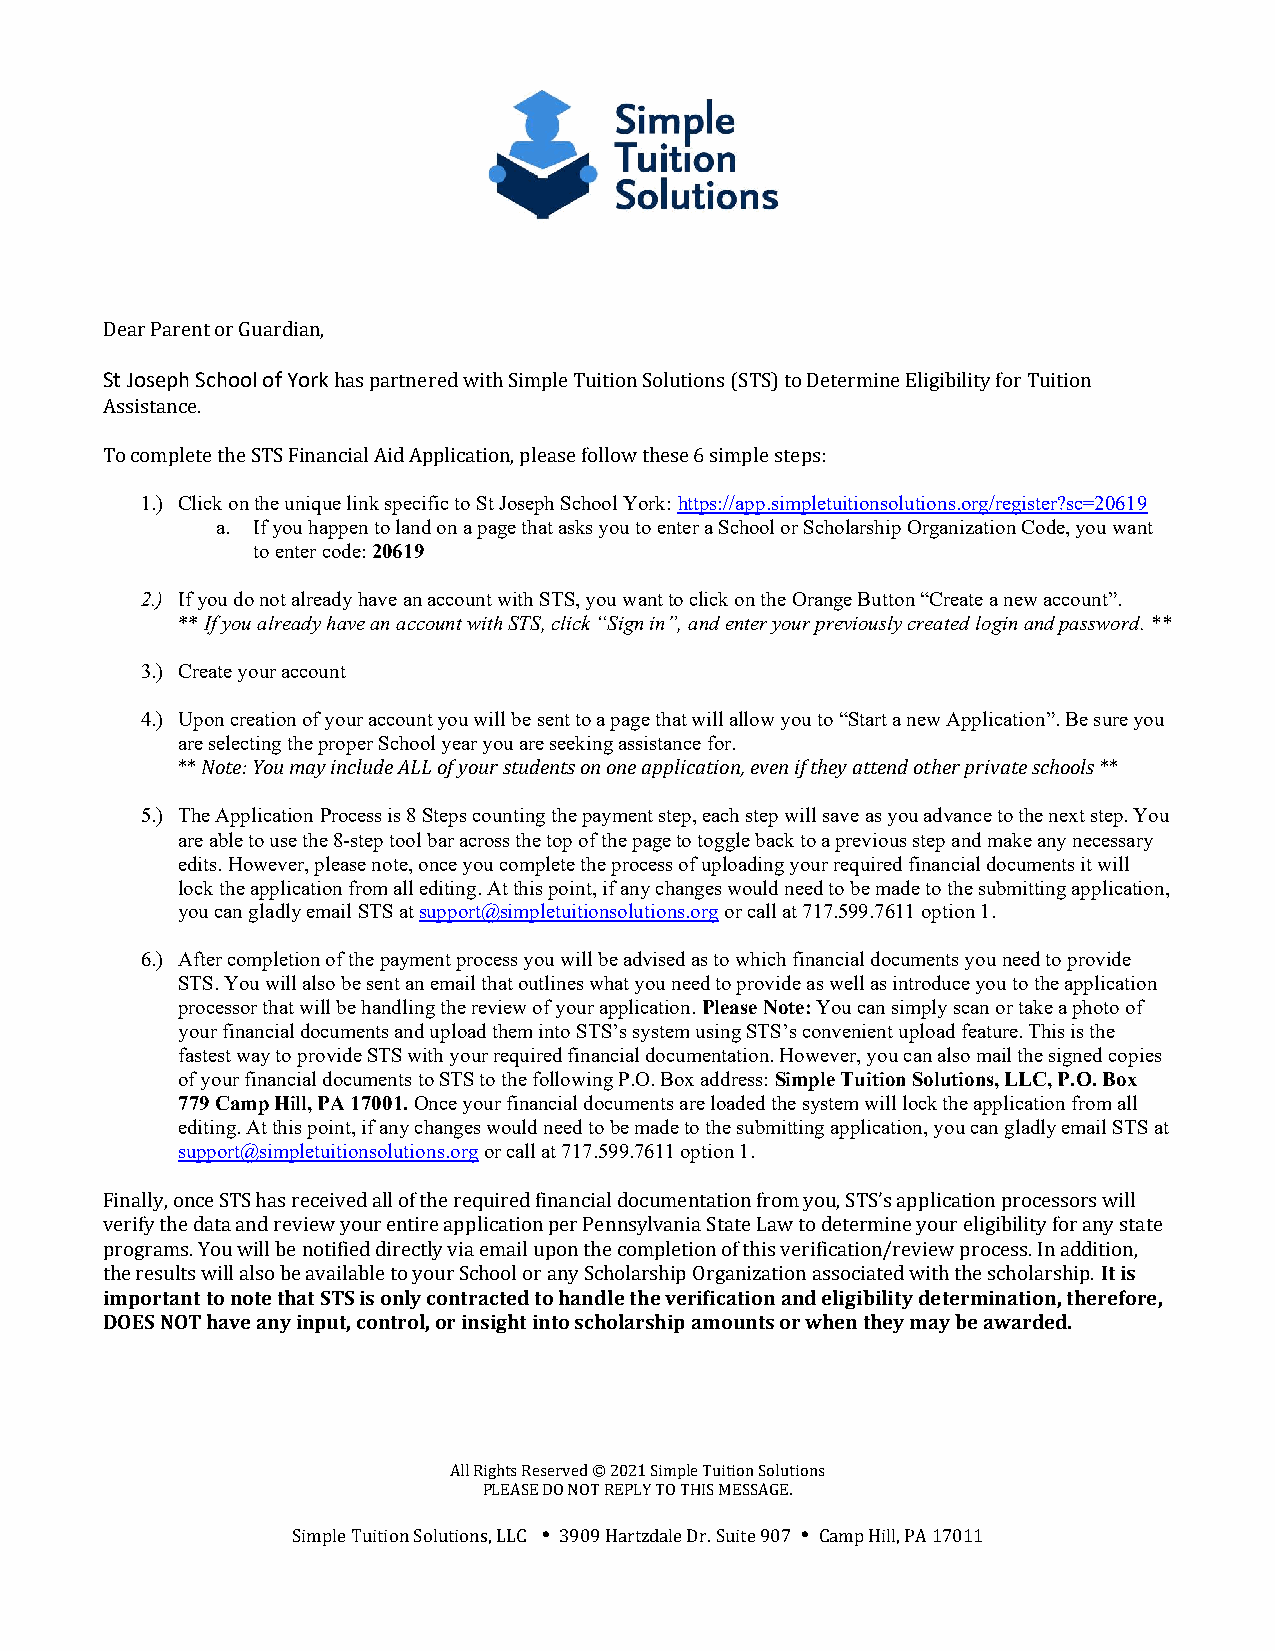
Dear Parent or Guardian,
 St Joseph School of York has partnered with Simple Tuition Solutions (STS) to Determine Eligibility for Tuition
 Assistance.
 To complete the STS Financial Aid Application, please follow these 6 simple steps:
 1.) Click on the unique link specific to St Joseph School York: https://app.simpletuitionsolutions.org/register?sc=20619
 a. If you happen to land on a page that asks you to enter a School or Scholarship Organization Code, you want
 to enter code: 20619
 2.) If you do not already have an account with STS, you want to click on the Orange Button “Create a new account”.
 ** If you already have an account with STS, click “Sign in”, and enter your previously created login and password. **
 3.) Create your account
 4.) Upon creation of your account you will be sent to a page that will allow you to “Start a new Application”. Be sure you
 are selecting the proper School year you are seeking assistance for.
 ** Note: You may include ALL of your students on one application, even if they attend other private schools **
 5.) The Application Process is 8 Steps counting the payment step, each step will save as you advance to the next step. You
 are able to use the 8-step tool bar across the top of the page to toggle back to a previous step and make any necessary
 edits. However, please note, once you complete the process of uploading your required financial documents it will
 lock the application from all editing. At this point, if any changes would need to be made to the submitting application,
 you can gladly email STS at support@simpletuitionsolutions.org or call at 717.599.7611 option 1.
 6.) After completion of the payment process you will be advised as to which financial documents you need to provide
 STS. You will also be sent an email that outlines what you need to provide as well as introduce you to the application
 processor that will be handling the review of your application. Please Note: You can simply scan or take a photo of
 your financial documents and upload them into STS’s system using STS’s convenient upload feature. This is the
 fastest way to provide STS with your required financial documentation. However, you can also mail the signed copies
 of your financial documents to STS to the following P.O. Box address: Simple Tuition Solutions, LLC, P.O. Box
 779 Camp Hill, PA 17001. Once your financial documents are loaded the system will lock the application from all
 editing. At this point, if any changes would need to be made to the submitting application, you can gladly email STS at
 support@simpletuitionsolutions.org or call at 717.599.7611 option 1.
 Finally, once STS has received all of the required financial documentation from you, STS’s application processors will
 verify the data and review your entire application per Pennsylvania State Law to determine your eligibility for any state
 programs. You will be notified directly via email upon the completion of this verification/review process. In addition,
 the results will also be available to your School or any Scholarship Organization associated with the scholarship. It is
 important to note that STS is only contracted to handle the verification and eligibility determination, therefore,
 DOES NOT have any input, control, or insight into scholarship amounts or when they may be awarded.
 All Rights Reserved © 2021 Simple Tuition Solutions
 PLEASE DO NOT REPLY TO THIS MESSAGE.
 Simple Tuition Solutions, LLC  3909 Hartzdale Dr. Suite 907  Camp Hill, PA 17011